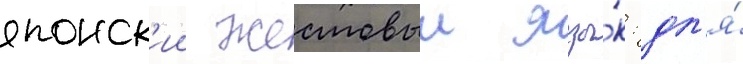
японск'ии жестовыи язы́к: дл'я́